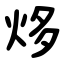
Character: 㶴